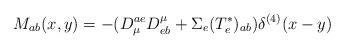
LaTeX: \begin{align*}M_{ab} (x, y) = - (D^{ae}_{\mu} D^{\mu}_{eb} + \Sigma_e(T^{\ast}_e)_{ab}) \delta^{(4)} (x - y)\end{align*}